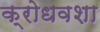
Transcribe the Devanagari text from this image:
क्रोधवशा